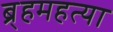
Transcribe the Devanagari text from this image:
ब्र्हमहत्या